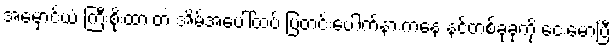
အမှောင်ယံ ကြီးစိုးထားတဲ အိမ်အပေါ်ထပ် ပြတင်းပေါက်နားကနေ နင်တစ်ခုခုကို ငေးမောပြီ